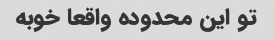
تو این محدوده واقعا خوبه